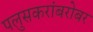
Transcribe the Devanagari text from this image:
पलुसकरांबरोबर